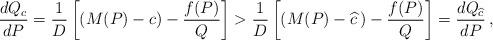
LaTeX: \begin{align*}\frac{dQ_c}{dP} = \frac{1}{D} \left[ (M(P) - c) - \frac{f(P)}{Q}\right] > \frac{1}{D} \left[ (M(P) - \widehat{c}\, ) - \frac{f(P)}{Q}\right] = \frac{dQ_{\widehat{c}}}{dP}\, ,\end{align*}